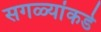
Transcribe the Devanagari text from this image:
सगळ्यांकडे